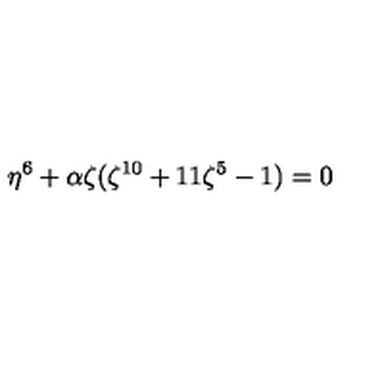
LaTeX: \eta ^ { 6 } + \alpha \zeta ( \zeta ^ { 1 0 } + 1 1 \zeta ^ { 5 } - 1 ) = 0